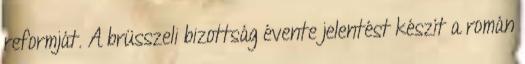
reformját. A brüsszeli bizottság évente jelentést készít a román